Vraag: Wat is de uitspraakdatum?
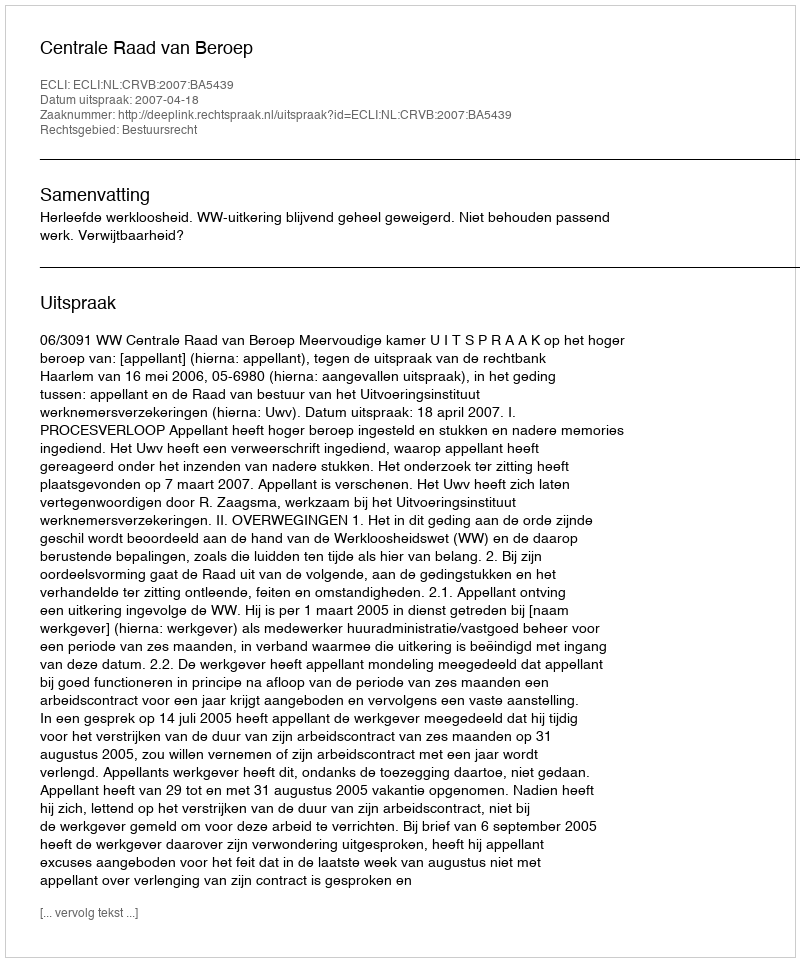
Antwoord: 2007-04-18